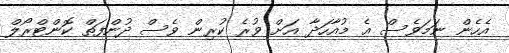
އެހެން ނަމަވެސް އެ މުއާހަދާ އަށް ވުރެ ކުރިން ވެސް ދުންފަތް ކޮންޓްރޯލް